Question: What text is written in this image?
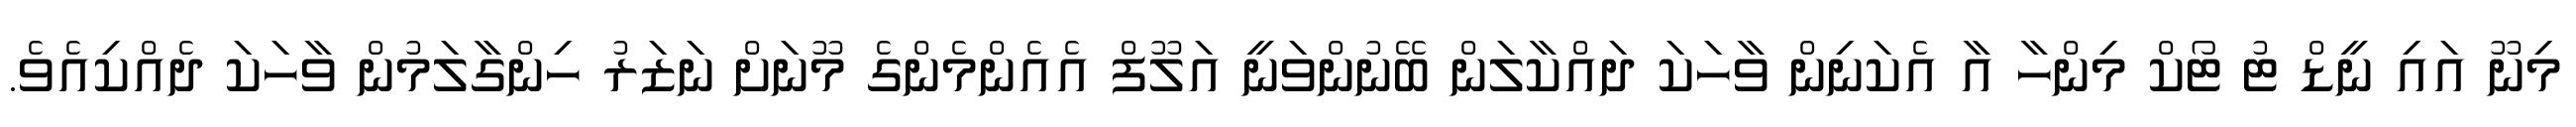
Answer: މިނޫ އައި ނީޑް ޓު ޓޯކް މިންހާ އާ އެކަނިން ވާހަކަ ދައްކާލަން ބޭނުންވަނީ އަލޫފް އެއެންމެންގެ މޫނަށް ނަޒަރު ހިންގާލަމުން ވާހަކަ ދެއްކިއެވެ.